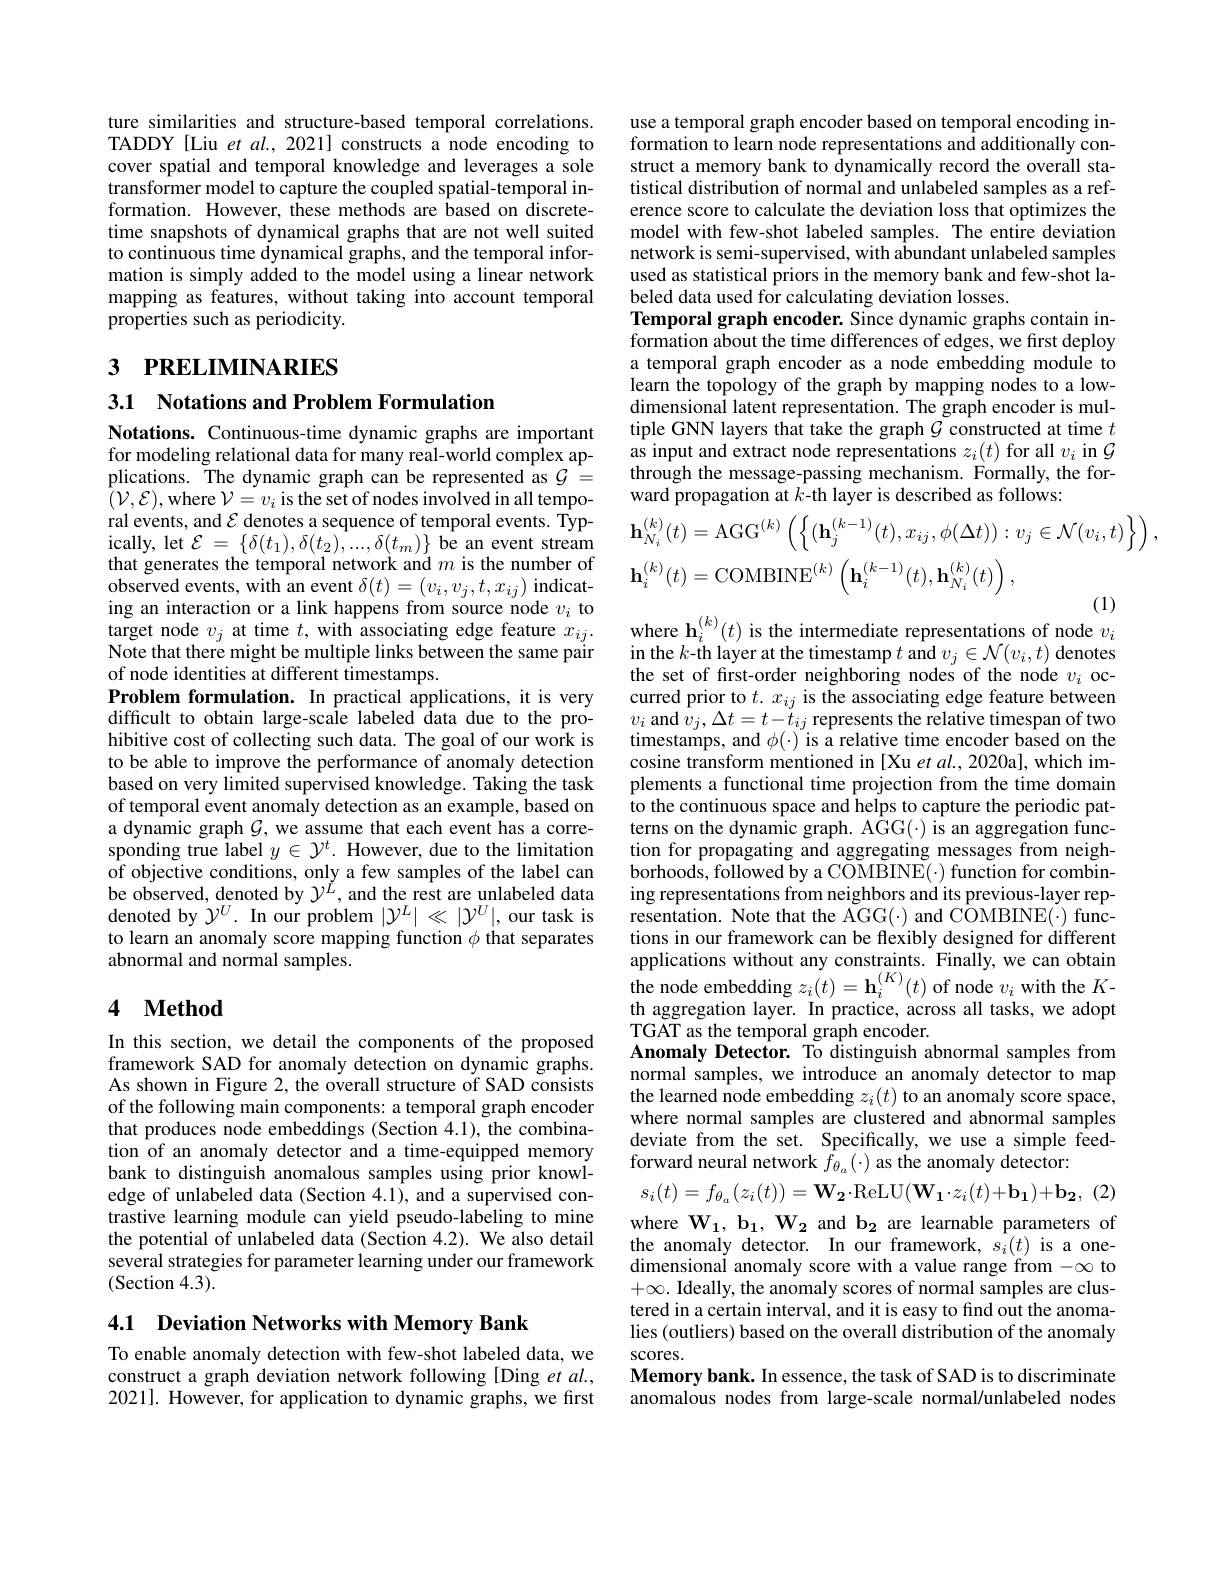
ture similarities and structure-based temporal correlations. TADDY[Liu et al., 2021] constructs a node encoding to cover spatial and temporal knowledge and leverages a sole transformer model to capture the coupled spatial-temporal information. However, these methods are based on discretetime snapshots of dynamical graphs that are not well suited to continuous time dynamical graphs, and the temporal information is simply added to the model using a linear network mapping as features, without taking into account temporal properties such as periodicity.

# 3 $\textbf{Р RELIMINARIES}$

3.1 Notations and Problem Formulation

Notations. Continuous-time dynamic graphs are important for modeling relational data for many real-world complex applications. The dynamic graph can be represented as $\mathcal{G}=$ $\bar{(}\mathcal{V},\mathcal{E})$,where $\mathcal{V}=v_i$ is the set of nodes involved in all temporal events, and $\mathcal{E}$ denotes a sequence of temporal events. Typically, let $\mathcal{E}=\{\delta(t_{1}),\delta(t_{2}),...,\delta(t_{m})\}$ be an event stream that generates the temporal network and $m$ is the number of $\dot{\text{observed events, with an event }}\delta(t)=(v_{i},v_{j},t,x_{ij})$ indicating an interaction or a link happens from source node $v_i$ to target node $v_j$ at time $t$,with associating edge feature $x_ij.$ Note that there might be multiple links between the same pair of node identities at different timestamps.
Problem formulation. In practical applications, it is very difficult to obtain large-scale labeled data due to the prohibitive cost of collecting such data. The goal of our work is to be able to improve the performance of anomaly detection based on very limited supervised knowledge. Taking the task of temporal event anomaly detection as an example, based on a dynamic graph $\mathcal{G}$, we assume that each event has a corresponding true label $y\in\mathcal{Y}^t.$ However, due to the limitation of objective conditions, only a few samples of the label can be observed, denoted by $\mathcal{Y}^{\dot{L}}$, and the rest are unlabeled data denoted by $\gamma^U.$ In our problem $|\mathcal{Y}^L|\ll|\mathcal{Y}^U|$, our task is to learn an anomaly score mapping function $\phi$ that separates abnormal and normal samples.

## 4 $\mathbf{Method}$

In this section, we detail the components of the proposed framework SAD for anomaly detection on dynamic graphs. As shown in Figure 2, the overall structure of SAD consists of the following main components: a temporal graph encoder that produces node embeddings (Section 4.1), the combination of an anomaly detector and a time-equipped memory bank to distinguish anomalous samples using prior knowledge of unlabeled data (Section 4.1), and a supervised contrastive learning module can yield pseudo-labeling to mine the potential of unlabeled data (Section 4.2). We also detail several strategies for parameter learning under our framework (Section 4.3).

4.1 Deviation Networks with Memory Bank

To enable anomaly detection with few-shot labeled data, we construct a graph deviation network following [Ding et al., 2021]. However, for application to dynamic graphs, we first

use a temporal graph encoder based on temporal encoding information to learn node representations and additionally construct a memory bank to dynamically record the overall statistical distribution of normal and unlabeled samples as a reference score to calculate the deviation loss that optimizes the model with few-shot labeled samples. The entire deviation network is semi-supervised, with abundant unlabeled samples used as statistical priors in the memory bank and few-shot labeled data used for calculating deviation losses.
Temporal graph encoder. Since dynamic graphs contain information about the time differences of edges, we first deploy a temporal graph encoder as a node embedding module to learn the topology of the graph by mapping nodes to a lowdimensional latent representation. The graph encoder is multiple GNN layers that take the graph $\mathcal{G}$ constructed at time $t$ as input and extract node representations $z_i(t)$ for all $v_i$ in $\mathcal{G}$ through the message-passing mechanism. Formally, the forward propagation at $k$-th layer is described as follows:
$$\begin{aligned}&\mathbf{h}_{N_{i}}^{(k)}(t)=\mathrm{AGG}^{(k)}\left(\left\{(\mathbf{h}_{j}^{(k-1)}(t),x_{ij},\phi(\Delta t)):v_{j}\in\mathcal{N}(v_{i},t)\right\}\right),\\&\mathbf{h}_{i}^{(k)}(t)=\mathrm{COMBINE}^{(k)}\left(\mathbf{h}_{i}^{(k-1)}(t),\mathbf{h}_{N_{i}}^{(k)}(t)\right),\end{aligned}$$
where $\mathbf{h}_i^{(k)}(t)$ is the intermediate representations of node $v_i$

in the $k$-th layer at the timestamp $t$ and $v_j\in\mathcal{N}(v_i,t)$ denotes the set of first-order neighboring nodes of the node $v_i$ oc- $\begin{array}{l}\text{curred prior to }t.x_{ij}\text{ is the associating edge feature between}\\{v_{i}\mathrm{~and~}v_{j},\Delta t=t-t_{ij}\text{ represents the relative timespan of two}}\end{array}$ timestamps, and $\phi(\cdot)$ is à relative time encoder based on the cosine transform mentioned in [Xu $etal.,2020$a], which implements a functional time projection from the time domain to the continuous space and helps to capture the periodic patterns on the dynamic graph. A$\hat{\mathrm{GG(\cdot)~is~an~aggregation~func-}}$ tion for propagating and aggregating messages from neighborhoods, followed by a COMBINE(·) function for combining representations from neighbors and its previous-layer representation. Note that the AGG(·) and COMBINE(·) functions in our framework can be flexibly designed for different applications without any constraints. Finally, we can obtain the node embedding $z_i(t)=\mathbf{h}_i^{(K)}(t)$ of node $v_i$ with the $K-$ th aggregation layer. In practice, across all tasks, we adopt TGAT as the temporal graph encoder.
Anomaly Detector. To distinguish abnormal samples from normal samples, we introduce an anomaly detector to map the learned node embedding $z_i(t)$ to an anomaly score space, where normal samples are clustered and abnormal samples deviate from the set. Specifically, we use a simple feedforward neural network $\bar{f}_{\theta_a}(\cdot)$ as the anomaly detector:
$s_{i}(t)=f_{\theta_{a}}(z_{i}(t))=\mathbf{W_{2}}\cdot$ReLU$(\mathbf{W_{1}}\cdot z_{i}(t)+\mathbf{b_{1}})+\mathbf{b_{2}},(2)$ where $\mathbf{W_1,b_1,W_2}$ and b$_2$ are learnable parameters of the anomaly detector. In our framework, $s_i(t)$ is a onedimensional anomaly score with a value range from $-\infty$ to $+\infty.$ Ideally, the anomaly scores of normal samples are clustered in a certain interval, and it is easy to find out the anomalies (outliers) based on the overall distribution of the anomaly scores.
Memory bank. In essence, the task of SAD is to discriminate anomalous nodes from large-scale normal/unlabeled nodes